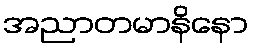
အညာတမာနိနော